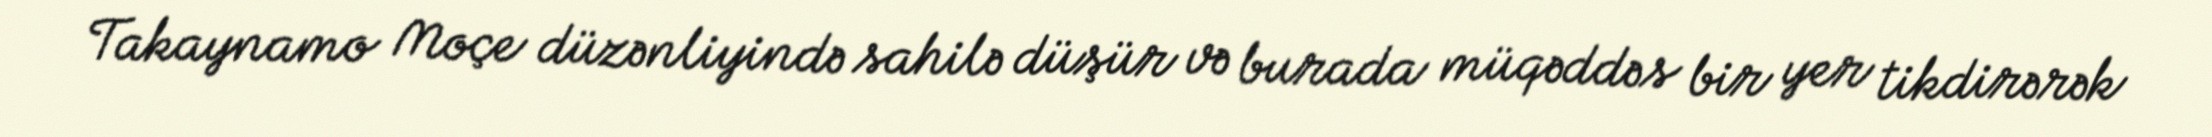
Takaynamo Moçe düzənliyində sahilə düşür və burada müqəddəs bir yer tikdirərək